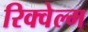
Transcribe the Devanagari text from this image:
रिक्वेल्म